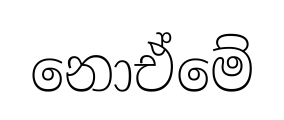
නොඒමේ